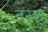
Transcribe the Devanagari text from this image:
नरश